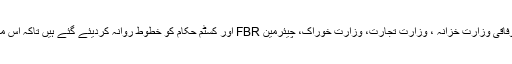
اس سلسلے میں ایسوسی ایشن کی جانب سے وفاقی وزارت خزانہ ، وزارت تجارت، وزارت خوراک، چیئرمین FBR اور کسٹم حکام کو خطوط روانہ کردیئے گئے ہیں تاکہ اس مذموم کوشش کا بر وقت سد باب کیا جاسکے ۔